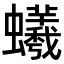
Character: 𧔠